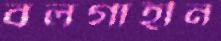
বলগাহীন